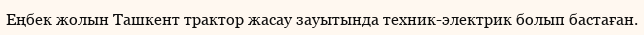
Еңбек жолын Ташкент трактор жасау зауытында техник-электрик болып бастаған.